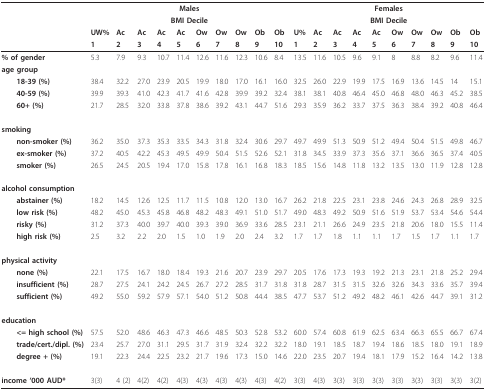
<table><thead><tr><td></td><td colspan="10"><b>Males</b></td><td colspan="10"><b>Females</b></td></tr><tr><td></td><td colspan="10"><b>BMI Decile</b></td><td colspan="10"><b>BMI Decile</b></td></tr><tr><td></td><td><b>UW%</b></td><td><b>Ac</b></td><td><b>Ac</b></td><td><b>Ac</b></td><td><b>Ac</b></td><td><b>Ow</b></td><td><b>Ow</b></td><td><b>Ow</b></td><td><b>Ob</b></td><td><b>Ob</b></td><td><b>U%</b></td><td><b>Ac</b></td><td><b>Ac</b></td><td><b>Ac</b></td><td><b>Ac</b></td><td><b>Ow</b></td><td><b>Ow</b></td><td><b>Ow</b></td><td><b>Ob</b></td><td><b>Ob</b></td></tr><tr><td></td><td><b>1</b></td><td><b>2</b></td><td><b>3</b></td><td><b>4</b></td><td><b>5</b></td><td><b>6</b></td><td><b>7</b></td><td><b>8</b></td><td><b>9</b></td><td><b>10</b></td><td><b>1</b></td><td><b>2</b></td><td><b>3</b></td><td><b>4</b></td><td><b>5</b></td><td><b>6</b></td><td><b>7</b></td><td><b>8</b></td><td><b>9</b></td><td><b>10</b></td></tr></thead><tbody><tr><td><b>% of gender</b></td><td>5.3</td><td>7.9</td><td>9.3</td><td>10.7</td><td>11.4</td><td>12.6</td><td>11.6</td><td>12.3</td><td>10.6</td><td>8.4</td><td>13.5</td><td>11.6</td><td>10.5</td><td>9.6</td><td>9.1</td><td>8</td><td>8.8</td><td>8.2</td><td>9.6</td><td>11.4</td></tr><tr><td><b>age group</b></td><td></td><td></td><td></td><td></td><td></td><td></td><td></td><td></td><td></td><td></td><td></td><td></td><td></td><td></td><td></td><td></td><td></td><td></td><td></td><td></td></tr><tr><td> <b>18-39 (%)</b></td><td>38.4</td><td>32.2</td><td>27.0</td><td>23.9</td><td>20.5</td><td>19.9</td><td>18.0</td><td>17.0</td><td>16.1</td><td>16.0</td><td>32.5</td><td>26.0</td><td>22.9</td><td>19.9</td><td>17.5</td><td>16.9</td><td>13.6</td><td>14.5</td><td>14</td><td>15.1</td></tr><tr><td> <b>40-59 (%)</b></td><td>39.9</td><td>39.3</td><td>41.0</td><td>42.3</td><td>41.7</td><td>41.6</td><td>42.8</td><td>39.9</td><td>39.2</td><td>32.4</td><td>38.1</td><td>38.1</td><td>40.8</td><td>46.4</td><td>45.0</td><td>46.8</td><td>48.0</td><td>46.3</td><td>45.2</td><td>38.5</td></tr><tr><td> <b>60+ (%)</b></td><td>21.7</td><td>28.5</td><td>32.0</td><td>33.8</td><td>37.8</td><td>38.6</td><td>39.2</td><td>43.1</td><td>44.7</td><td>51.6</td><td>29.3</td><td>35.9</td><td>36.2</td><td>33.7</td><td>37.5</td><td>36.3</td><td>38.4</td><td>39.2</td><td>40.8</td><td>46.4</td></tr><tr><td><b>smoking</b></td><td></td><td></td><td></td><td></td><td></td><td></td><td></td><td></td><td></td><td></td><td></td><td></td><td></td><td></td><td></td><td></td><td></td><td></td><td></td><td></td></tr><tr><td> <b>non-smoker (%)</b></td><td>36.2</td><td>35.0</td><td>37.3</td><td>35.3</td><td>33.5</td><td>34.3</td><td>31.8</td><td>32.4</td><td>30.6</td><td>29.7</td><td>49.7</td><td>49.9</td><td>51.3</td><td>50.9</td><td>51.2</td><td>49.4</td><td>50.4</td><td>51.5</td><td>49.8</td><td>46.7</td></tr><tr><td> <b>ex-smoker (%)</b></td><td>37.2</td><td>40.5</td><td>42.2</td><td>45.3</td><td>49.5</td><td>49.9</td><td>50.4</td><td>51.5</td><td>52.6</td><td>52.1</td><td>31.8</td><td>34.5</td><td>33.9</td><td>37.3</td><td>35.6</td><td>37.1</td><td>36.6</td><td>36.5</td><td>37.4</td><td>40.5</td></tr><tr><td> <b>smoker (%)</b></td><td>26.5</td><td>24.5</td><td>20.5</td><td>19.4</td><td>17.0</td><td>15.8</td><td>17.8</td><td>16.1</td><td>16.8</td><td>18.3</td><td>18.5</td><td>15.6</td><td>14.8</td><td>11.8</td><td>13.2</td><td>13.5</td><td>13.0</td><td>11.9</td><td>12.8</td><td>12.8</td></tr><tr><td><b>alcohol consumption</b></td><td></td><td></td><td></td><td></td><td></td><td></td><td></td><td></td><td></td><td></td><td></td><td></td><td></td><td></td><td></td><td></td><td></td><td></td><td></td><td></td></tr><tr><td> <b>abstainer (%)</b></td><td>18.2</td><td>14.5</td><td>12.6</td><td>12.5</td><td>11.7</td><td>11.5</td><td>10.8</td><td>12.0</td><td>13.0</td><td>16.7</td><td>26.2</td><td>21.8</td><td>22.5</td><td>23.1</td><td>23.8</td><td>24.6</td><td>24.3</td><td>26.8</td><td>28.9</td><td>32.5</td></tr><tr><td> <b>low risk (%)</b></td><td>48.2</td><td>45.0</td><td>45.3</td><td>45.8</td><td>46.8</td><td>48.2</td><td>48.3</td><td>49.1</td><td>51.0</td><td>51.7</td><td>49.0</td><td>48.3</td><td>49.2</td><td>50.9</td><td>51.6</td><td>51.9</td><td>53.7</td><td>53.4</td><td>54.6</td><td>54.4</td></tr><tr><td> <b>risky (%)</b></td><td>31.2</td><td>37.3</td><td>40.0</td><td>39.7</td><td>40.0</td><td>39.3</td><td>39.0</td><td>36.9</td><td>33.6</td><td>28.5</td><td>23.1</td><td>21.1</td><td>26.6</td><td>24.9</td><td>23.5</td><td>21.8</td><td>20.6</td><td>18.0</td><td>15.5</td><td>11.4</td></tr><tr><td> <b>high risk (%)</b></td><td>2.5</td><td>3.2</td><td>2.2</td><td>2.0</td><td>1.5</td><td>1.0</td><td>1.9</td><td>2.0</td><td>2.4</td><td>3.2</td><td>1.7</td><td>1.7</td><td>1.8</td><td>1.1</td><td>1.1</td><td>1.7</td><td>1.5</td><td>1.7</td><td>1.1</td><td>1.7</td></tr><tr><td><b>physical activity</b></td><td></td><td></td><td></td><td></td><td></td><td></td><td></td><td></td><td></td><td></td><td></td><td></td><td></td><td></td><td></td><td></td><td></td><td></td><td></td><td></td></tr><tr><td> <b>none (%)</b></td><td>22.1</td><td>17.5</td><td>16.7</td><td>18.0</td><td>18.4</td><td>19.3</td><td>21.6</td><td>20.7</td><td>23.9</td><td>29.7</td><td>20.5</td><td>17.6</td><td>17.3</td><td>19.3</td><td>19.2</td><td>21.3</td><td>23.1</td><td>21.8</td><td>25.2</td><td>29.4</td></tr><tr><td> <b>insufficient (%)</b></td><td>28.7</td><td>27.5</td><td>24.1</td><td>24.2</td><td>24.5</td><td>26.7</td><td>27.2</td><td>28.5</td><td>31.7</td><td>31.8</td><td>31.8</td><td>28.7</td><td>31.5</td><td>31.5</td><td>32.6</td><td>32.6</td><td>34.3</td><td>33.6</td><td>35.7</td><td>39.4</td></tr><tr><td> <b>sufficient (%)</b></td><td>49.2</td><td>55.0</td><td>59.2</td><td>57.9</td><td>57.1</td><td>54.0</td><td>51.2</td><td>50.8</td><td>44.4</td><td>38.5</td><td>47.7</td><td>53.7</td><td>51.2</td><td>49.2</td><td>48.2</td><td>46.1</td><td>42.6</td><td>44.7</td><td>39.1</td><td>31.2</td></tr><tr><td><b>education</b></td><td></td><td></td><td></td><td></td><td></td><td></td><td></td><td></td><td></td><td></td><td></td><td></td><td></td><td></td><td></td><td></td><td></td><td></td><td></td><td></td></tr><tr><td> <b>&lt;= high school (%)</b></td><td>57.5</td><td>52.0</td><td>48.6</td><td>46.3</td><td>47.3</td><td>46.6</td><td>48.5</td><td>50.3</td><td>52.8</td><td>53.2</td><td>60.0</td><td>57.4</td><td>60.8</td><td>61.9</td><td>62.5</td><td>63.4</td><td>66.3</td><td>65.5</td><td>66.7</td><td>67.4</td></tr><tr><td> <b>trade/cert./dipl. (%)</b></td><td>23.4</td><td>25.7</td><td>27.0</td><td>31.1</td><td>29.5</td><td>31.7</td><td>31.9</td><td>32.4</td><td>32.2</td><td>32.2</td><td>18.0</td><td>19.1</td><td>18.5</td><td>18.7</td><td>19.4</td><td>18.6</td><td>18.5</td><td>18.0</td><td>19.1</td><td>18.9</td></tr><tr><td> <b>degree + (%)</b></td><td>19.1</td><td>22.3</td><td>24.4</td><td>22.5</td><td>23.2</td><td>21.7</td><td>19.6</td><td>17.3</td><td>15.0</td><td>14.6</td><td>22.0</td><td>23.5</td><td>20.7</td><td>19.4</td><td>18.1</td><td>17.9</td><td>15.2</td><td>16.4</td><td>14.2</td><td>13.8</td></tr><tr><td><b>income &#x27;000 AUD*</b></td><td>3 (3)</td><td>4 (2)</td><td>4(2)</td><td>4 (2)</td><td>4 (3)</td><td>4 (3)</td><td>4 (3)</td><td>4 (3)</td><td>4 (3)</td><td>4 (2)</td><td>3 (3)</td><td>4 (3)</td><td>3 (3)</td><td>3 (3)</td><td>3 (3)</td><td>3 (3)</td><td>3 (3)</td><td>3 (3)</td><td>3 (3)</td><td>3 (2)</td></tr></tbody></table>